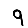
Digit: 9